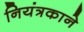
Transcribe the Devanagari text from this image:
नियंत्रकाने